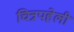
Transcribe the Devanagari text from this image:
चित्रपहेली